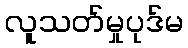
လူသတ်မှုပုဒ်မ